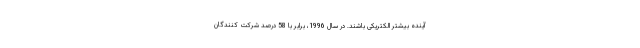
آینده بیشتر الکتریکی باشند. در سال 1996، برابر با 58 درصد شرکت کنندگان